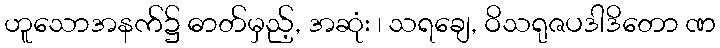
ဟူသောအနက်၌ ဓာတ်မှည့်, အဆုံး ၊ သရချေ, ဝိသရုဇပဒါဒိတော ဏ